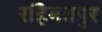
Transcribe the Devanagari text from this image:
रहिमतपुर